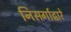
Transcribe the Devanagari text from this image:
निसर्गाद्वारे